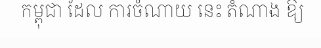
កម្ពុជា ដែល ការចំណាយ នេះ តំណាង ឱ្យ